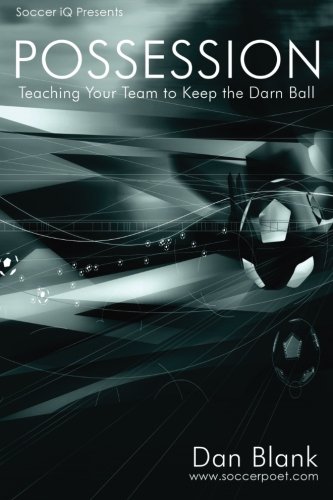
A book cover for Soccer iQ Presents... POSSESSION: Teaching Your Team to Keep the Darn Ball; Dan Blank; Sports & Outdoors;